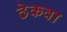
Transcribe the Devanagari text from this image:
ढेकवा